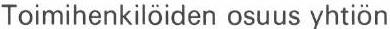
Toimihenkilöiden osuus yhtiön